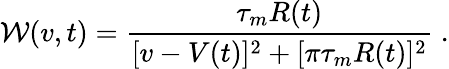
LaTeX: \mathcal W(v,t)=\frac{\tau_{m}R(t)}{[v-V(t)]^{2}+[\pi\tau_{m}R(t)]^{2}}\; .